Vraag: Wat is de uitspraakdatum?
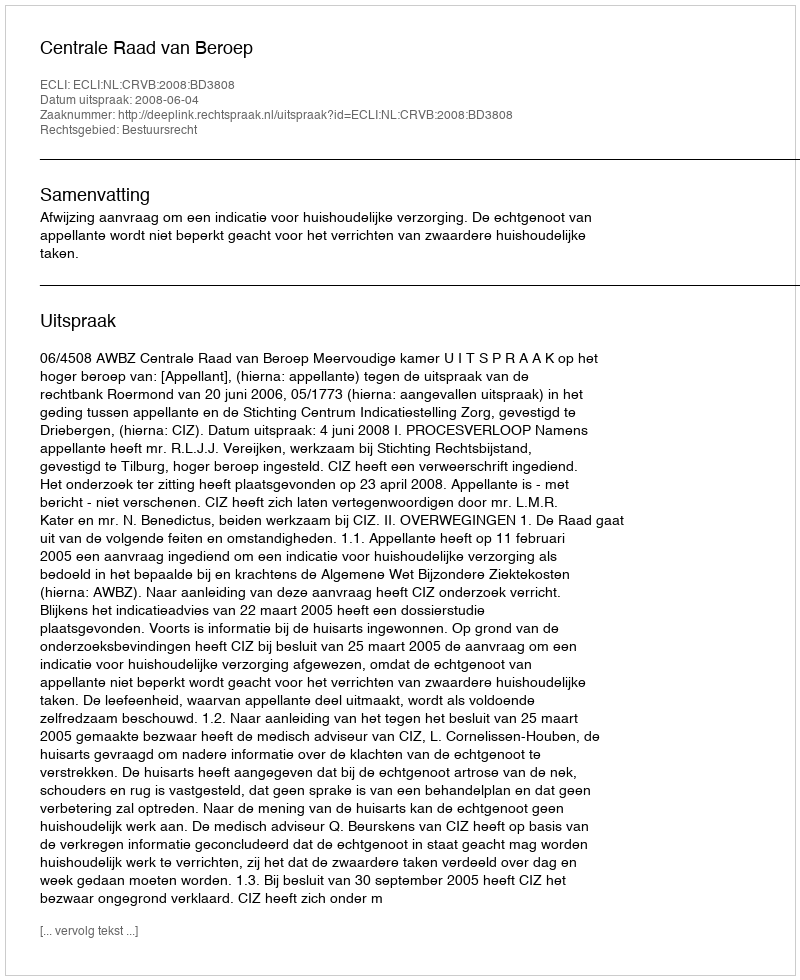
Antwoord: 2008-06-04